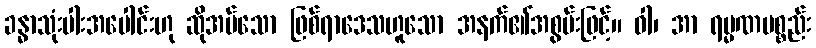
ခန္ဓာသုံးပါးအပေါင်းဟု ဆိုအပ်သော ဖြစ်ရာဒေသဟူသော အနက်၏အစွမ်းဖြင့်။ ဝါ၊ အာ ရမ္မဏပစ္စည်း